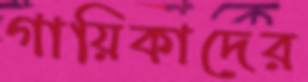
গায়িকাদের